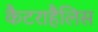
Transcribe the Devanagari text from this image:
कैटराहैलिस